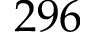
2 9 6